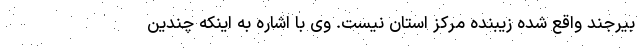
بیرجند واقع شده زیبنده مرکز استان نیست. وی با اشاره به اینکه چندین